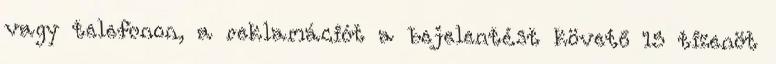
vagy telefonon, a reklamációt a bejelentést követő 15 tizenöt